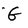
Character: G